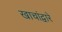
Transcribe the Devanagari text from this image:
खाचांद्वारे